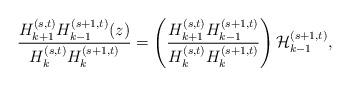
LaTeX: \begin{align*}\frac{H_{k+1}^{(s,t)}H_{k-1}^{(s+1,t)}(z)}{H_{k}^{(s,t)}H_{k}^{(s+1,t)}}=\left(\frac{H_{k+1}^{(s,t)}H_{k-1}^{(s+1,t)}}{H_{k}^{(s,t)}H_{k}^{(s+1,t)}}\right){\cal H}_{k-1}^{(s+1,t)},\end{align*}